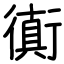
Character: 衠